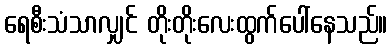
ရေစီးသံသာလျှင် တိုးတိုးလေးထွက်ပေါ်နေသည်။